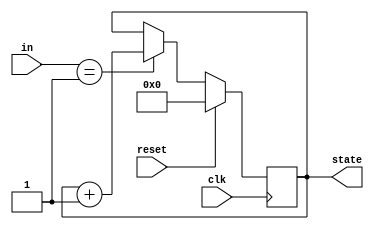
module sync_reset (
    input  wire clk,        // Clock signal
    input  wire reset,      // Synchronous reset signal
    input  wire [3:0] in,   // Example input signal for state transitions
    output reg  [3:0] state  // Current state of the system
);

    // Predefined reset value
    localparam RESET_VALUE = 4'b0000;

    // Always block sensitive to the clock
    always @(posedge clk) begin
        if (reset) begin
            // Reset state to predefined value
            state <= RESET_VALUE;
        end else begin
            // State transition logic (example)
            // Replace this with your actual state transition logic
            // Here, we simply increment state on input conditions
            if (in == 4'b0001) begin
                state <= state + 1;
            end
            // You can add more conditions for state transitions here
        end
    end

endmodule